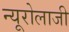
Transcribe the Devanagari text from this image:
न्यूरोलाजी